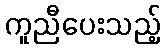
ကူညီပေးသည့်